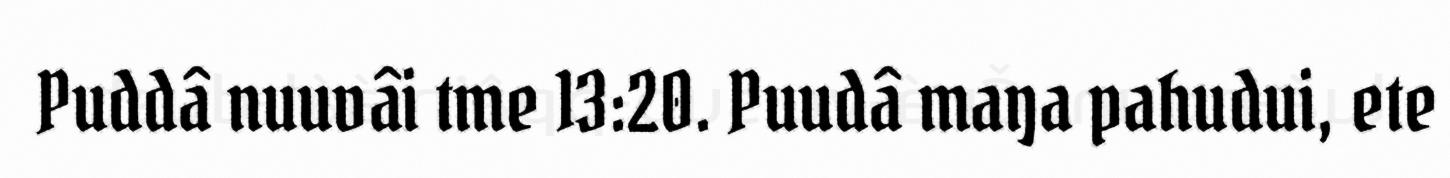
Puddâ nuuvâi tme 13:20. Puudâ maŋa pahudui, ete